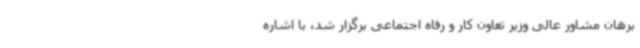
برهان مشاور عالی وزیر تعاون کار و رفاه اجتماعی برگزار شد، با اشاره